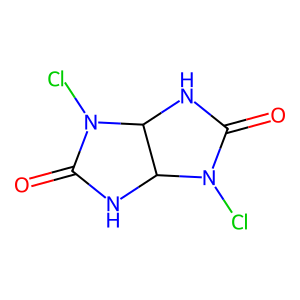
SMILES: O=C1NC2C(NC(=O)N2Cl)N1Cl
Inhibits HIV replication: No